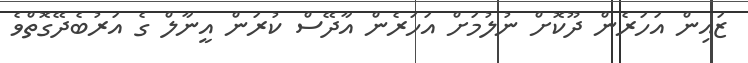
ޒައިން އަހަރެން ދޫކޮށް ނުލުމަށް އަހަރެން އާދޭސް ކުރަން އީނާލް ގެ އަރުބެދޭގޮތްވެ